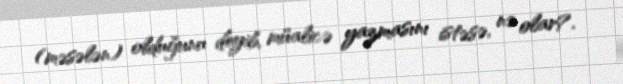
(məsələn) olduğunu deyib, müalicə yazmasını istəsə, nə olar?.